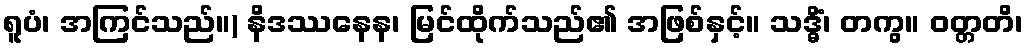
ရူပံ၊ အကြင်သည်။) နိဒဿနေန၊ မြင်ထိုက်သည်၏ အဖြစ်နှင့်။ သဒ္ဓိံ၊ တကွ။ ဝတ္တတိ၊